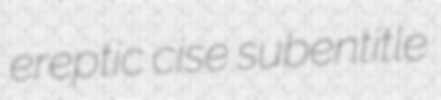
ereptic cise subentitle